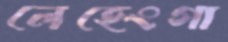
লেহেংগা